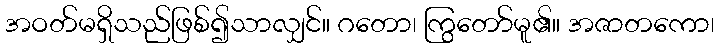
အဝတ်မရှိသည်ဖြစ်၍သာလျှင်။ ဂတော၊ ကြွတော်မူ၏။ အဇာတကော၊